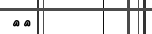
٨٠